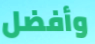
وأفضل